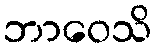
ဘာဝေသိ